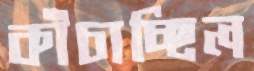
কাঁচাচ্ছিল